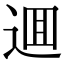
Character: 逥